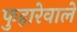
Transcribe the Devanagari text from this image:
फुहारेवाले